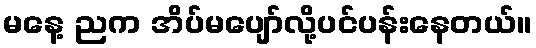
မနေ့ ညက အိပ်မပျော်လို့ပင်ပန်းနေတယ်။